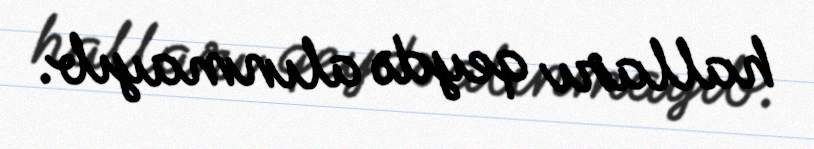
halları qeydə alınmayıb.